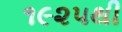
૧૯૨૫થી